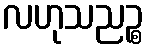
လဟုသညဉ္စ